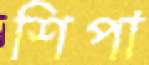
শিপা